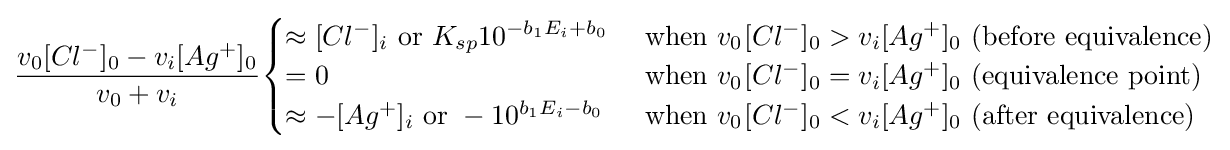
{\frac {v_{0}[Cl^{-}]_{0}-v_{i}[Ag^{+}]_{0}}{v_{0}+v_{i}}}{\begin{cases}\approx [Cl^{-}]_{i}{\text{ or }}K_{sp}10^{-b_{1}E_{i}+b_{0}}&{\text{ when }}v_{0^{}}[Cl^{-}]_{0}>v_{i}[Ag^{+}]_{0}{\text{ (before equivalence)}}\\=0&{\text{ when }}v_{0^{}}[Cl^{-}]_{0}=v_{i}[Ag^{+}]_{0}{\text{ (equivalence point)}}\\\approx -[Ag^{+}]_{i}{\text{ or }}-10^{b_{1}E_{i}-b_{0}}&{\text{ when }}v_{0^{}}[Cl^{-}]_{0}<v_{i}[Ag^{+}]_{0}{\text{ (after equivalence)}}\end{cases}}